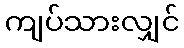
ကျပ်သားလျှင်